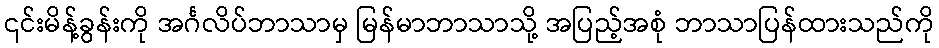
၎င်းမိန့်ခွန်းကို အင်္ဂလိပ်ဘာသာမှ မြန်မာဘာသာသို့ အပြည့်အစုံ ဘာသာပြန်ထားသည်ကို